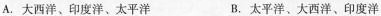
A.大西洋、印度洋、太平洋 B.太平洋、大西洋、印度洋